kultuurilooline_kollektsioon, lk 43
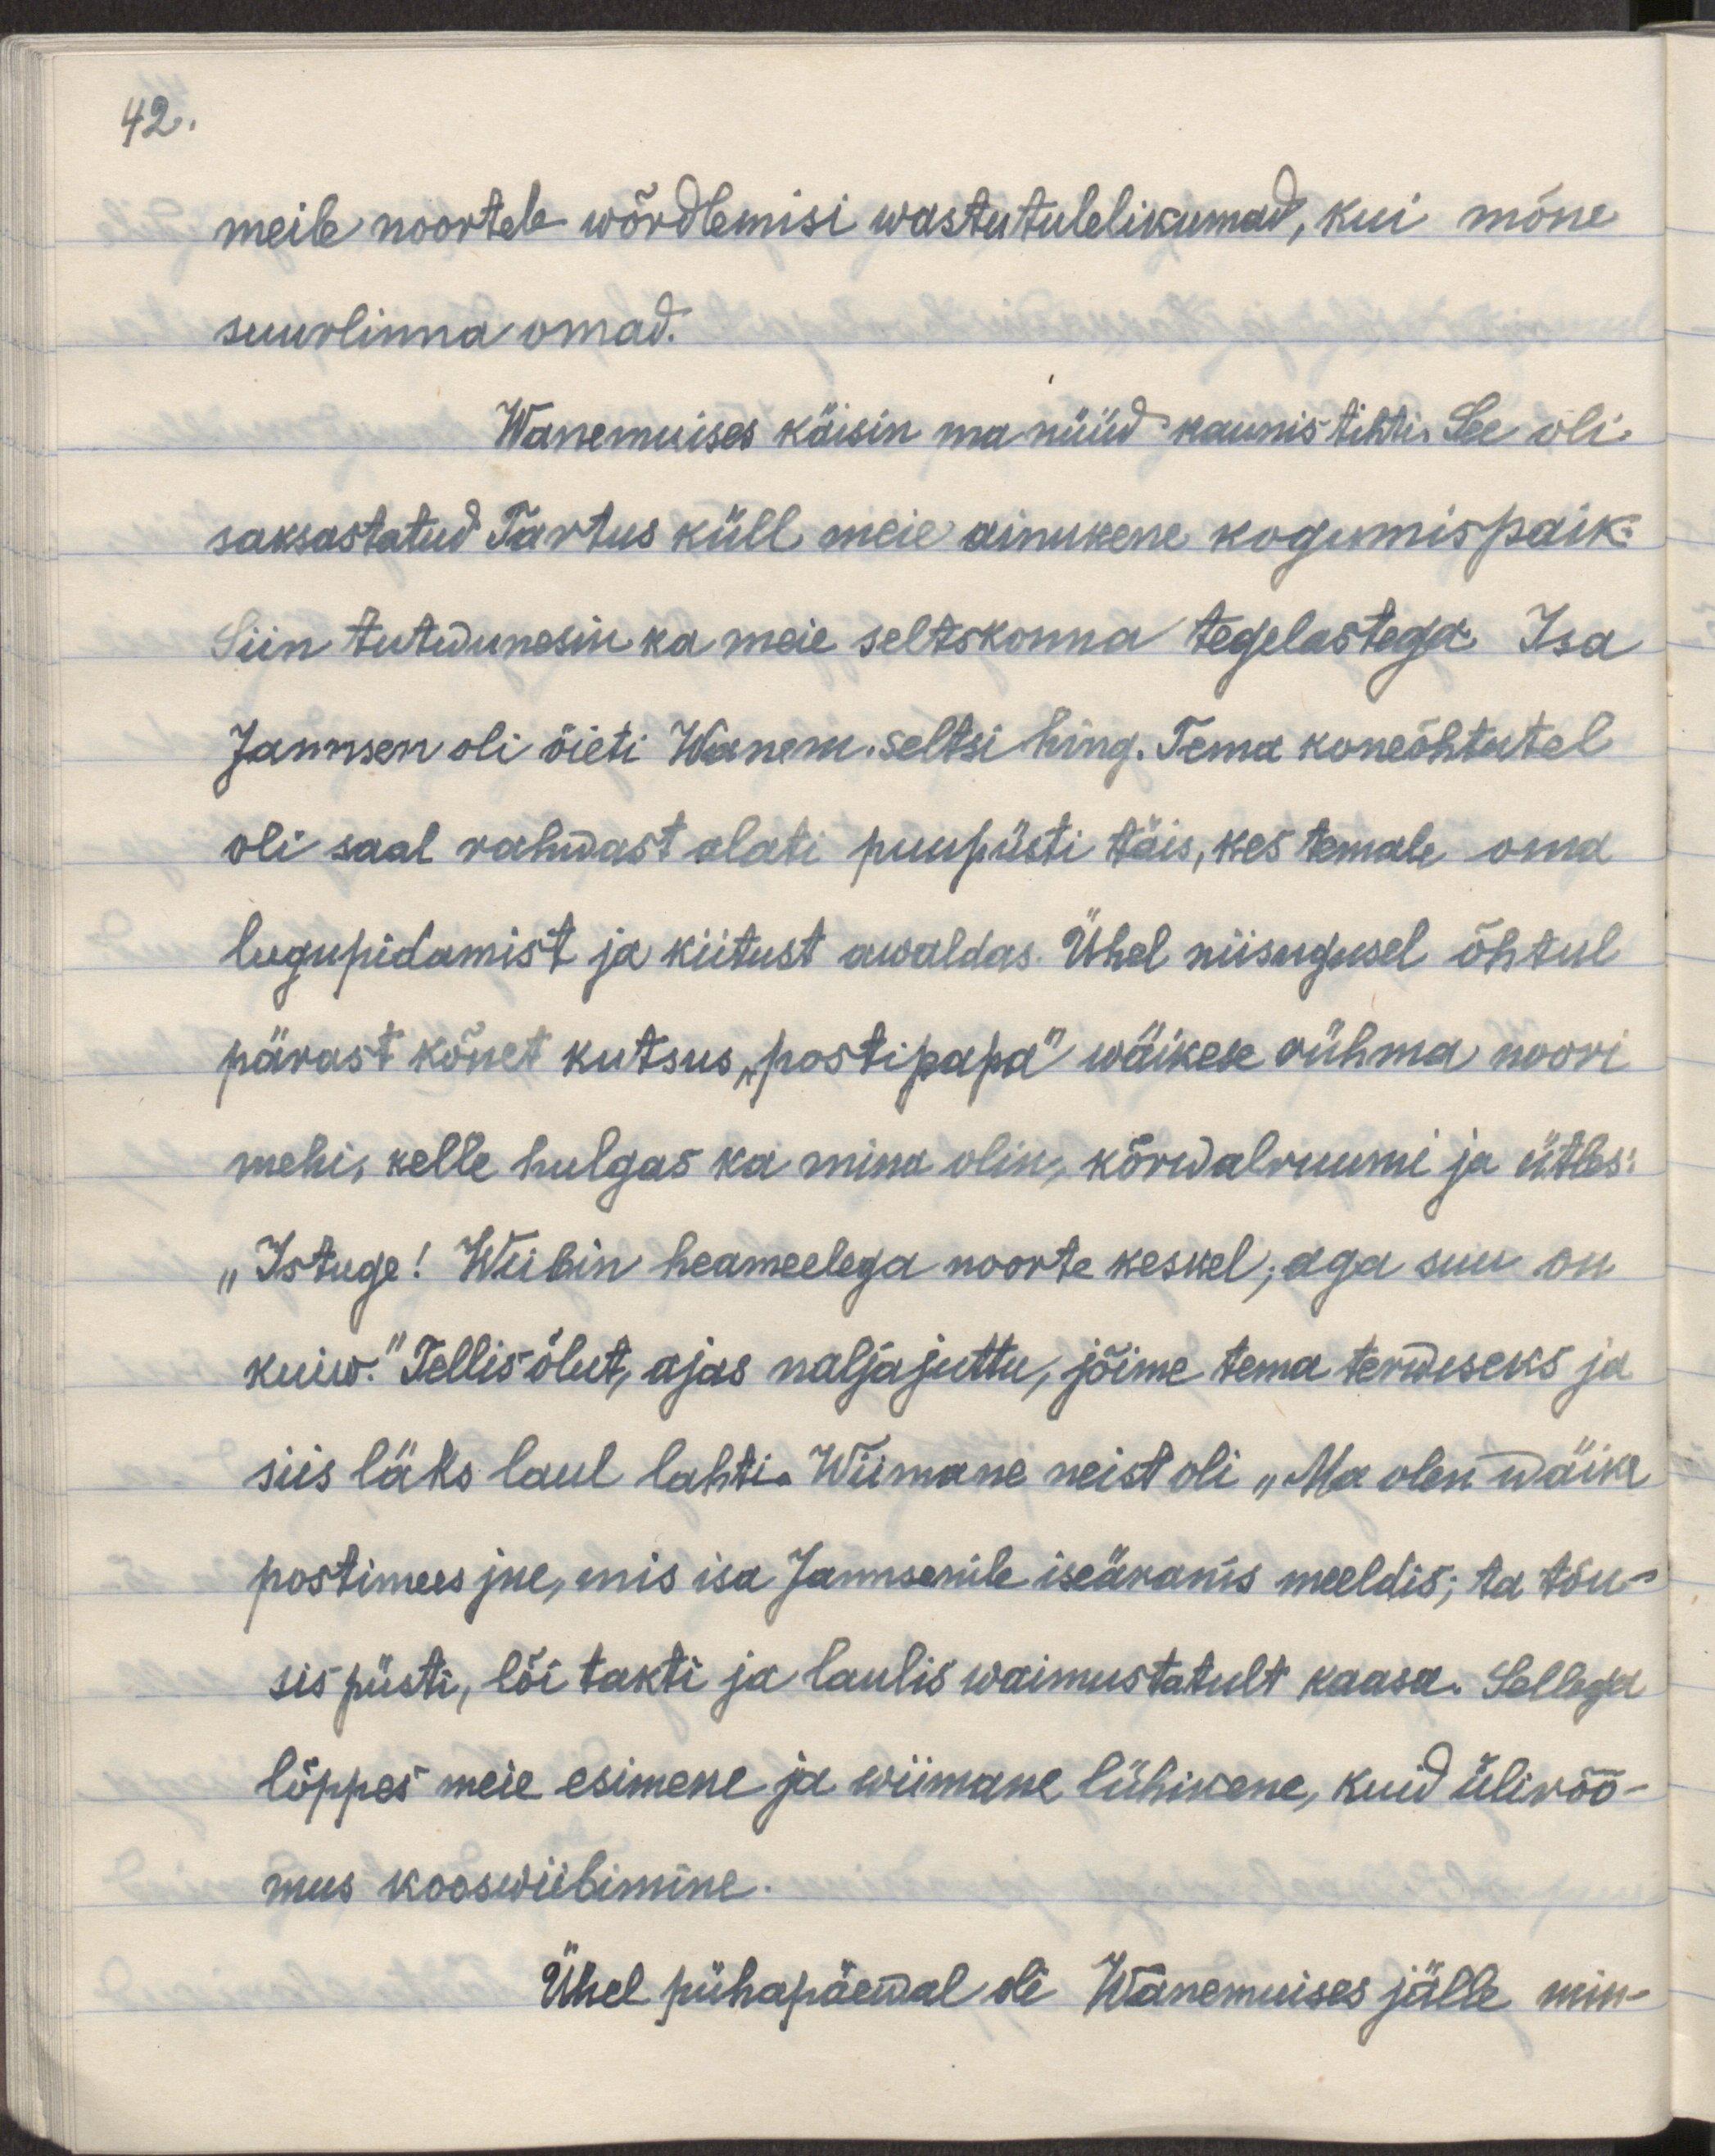
42.

meile noortele wõrdlemisi wastutulelikumad, kui mõne
suurlinna omad.
Wanemuises käisin ma nüüd kaunis tihti. See oli 
saksastatud Tartus küll meie ainuke kogunemispaik.
Siin tutwunesin ka meie seltskonna tegelastega. Isa
Jannsen oli õieti Wanem. seltsihing. Tema koneõhtutel
oli saal rahwast alati puupüsti täis, kes temale oma
lugupidamist ja kiitust awaldas. Ühel niisugusel õhtul 
pärast kõnet kutsus „postipapa" wäikese rühma noori
mehi, kelle hulgas ka mina oli, kõrwalruumi ja ütles:
„Istuge! Wiibin heameelega noorte keskel, aga suu on
kuiw." Tellis õlut, ajas naljajuttu, jõime tema terwiseks ja
siis läks laul lahti. Wiimane neist oli „Ma olen wäike
postimees jne, mis isa Jannsenile iseäranis meeldis; ta tõu-
sis püsti, lõi takti ja laulis waimustatult kaasa. Sellega
lõppes meie esimene ja wiimane lühikene, kuid ülirõõ-
mus kooswiibimine.
Ühel pühapäewal oli Wanemuises jälle min-